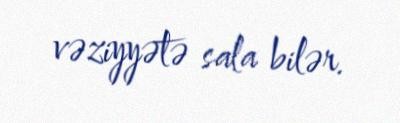
vəziyyətə sala bilər.